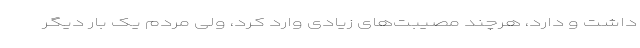
داشت و دارد، هرچند مصیبت‌های زیادی وارد کرد، ولی مردم یک بار دیگر